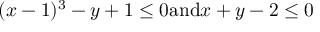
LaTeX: ( x - 1 ) ^ { 3 } - y + 1 \leq 0 { \mathrm { a n d } } x + y - 2 \leq 0